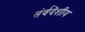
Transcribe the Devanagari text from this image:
संर्वदेशीय